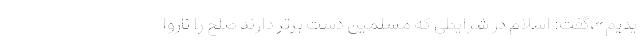
یدیم»،‌گفت: اسلام در شرایطی که مسلمین دست برتر دارند صلح را ناروا